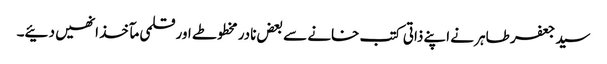
سید جعفر طاہر نے اپنے ذاتی کتب خانے سے بعض نادر مخطوطے اور قلمی مآخذ انھیں دئیے۔